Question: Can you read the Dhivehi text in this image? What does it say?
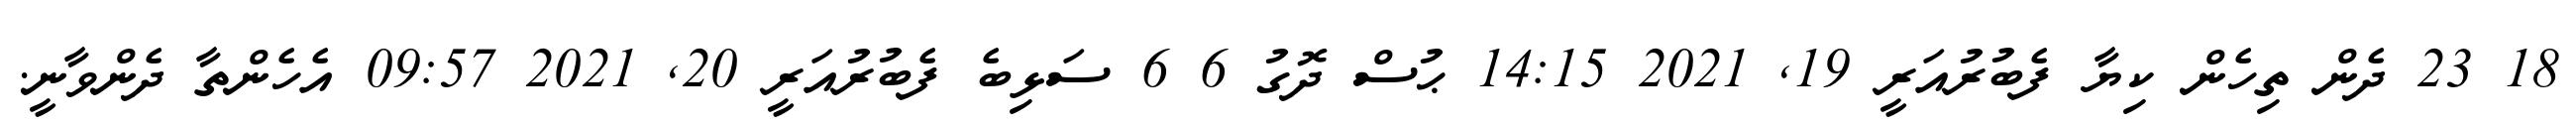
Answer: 18 23 ދެން ތިހެން ކިޔާ ފެބުރުއަރީ 19, 2021 14:15 ޙުސް ދޮގު 6 6 ސަޅިބެ ފެބުރުއަރީ 20, 2021 09:57 އެހެންތާ ދެންވާނީ.